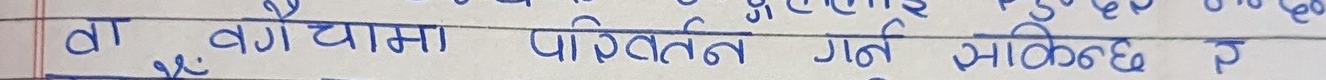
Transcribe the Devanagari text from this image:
वा वगैचामा परिवर्तन गर्न सकिन्छ ?